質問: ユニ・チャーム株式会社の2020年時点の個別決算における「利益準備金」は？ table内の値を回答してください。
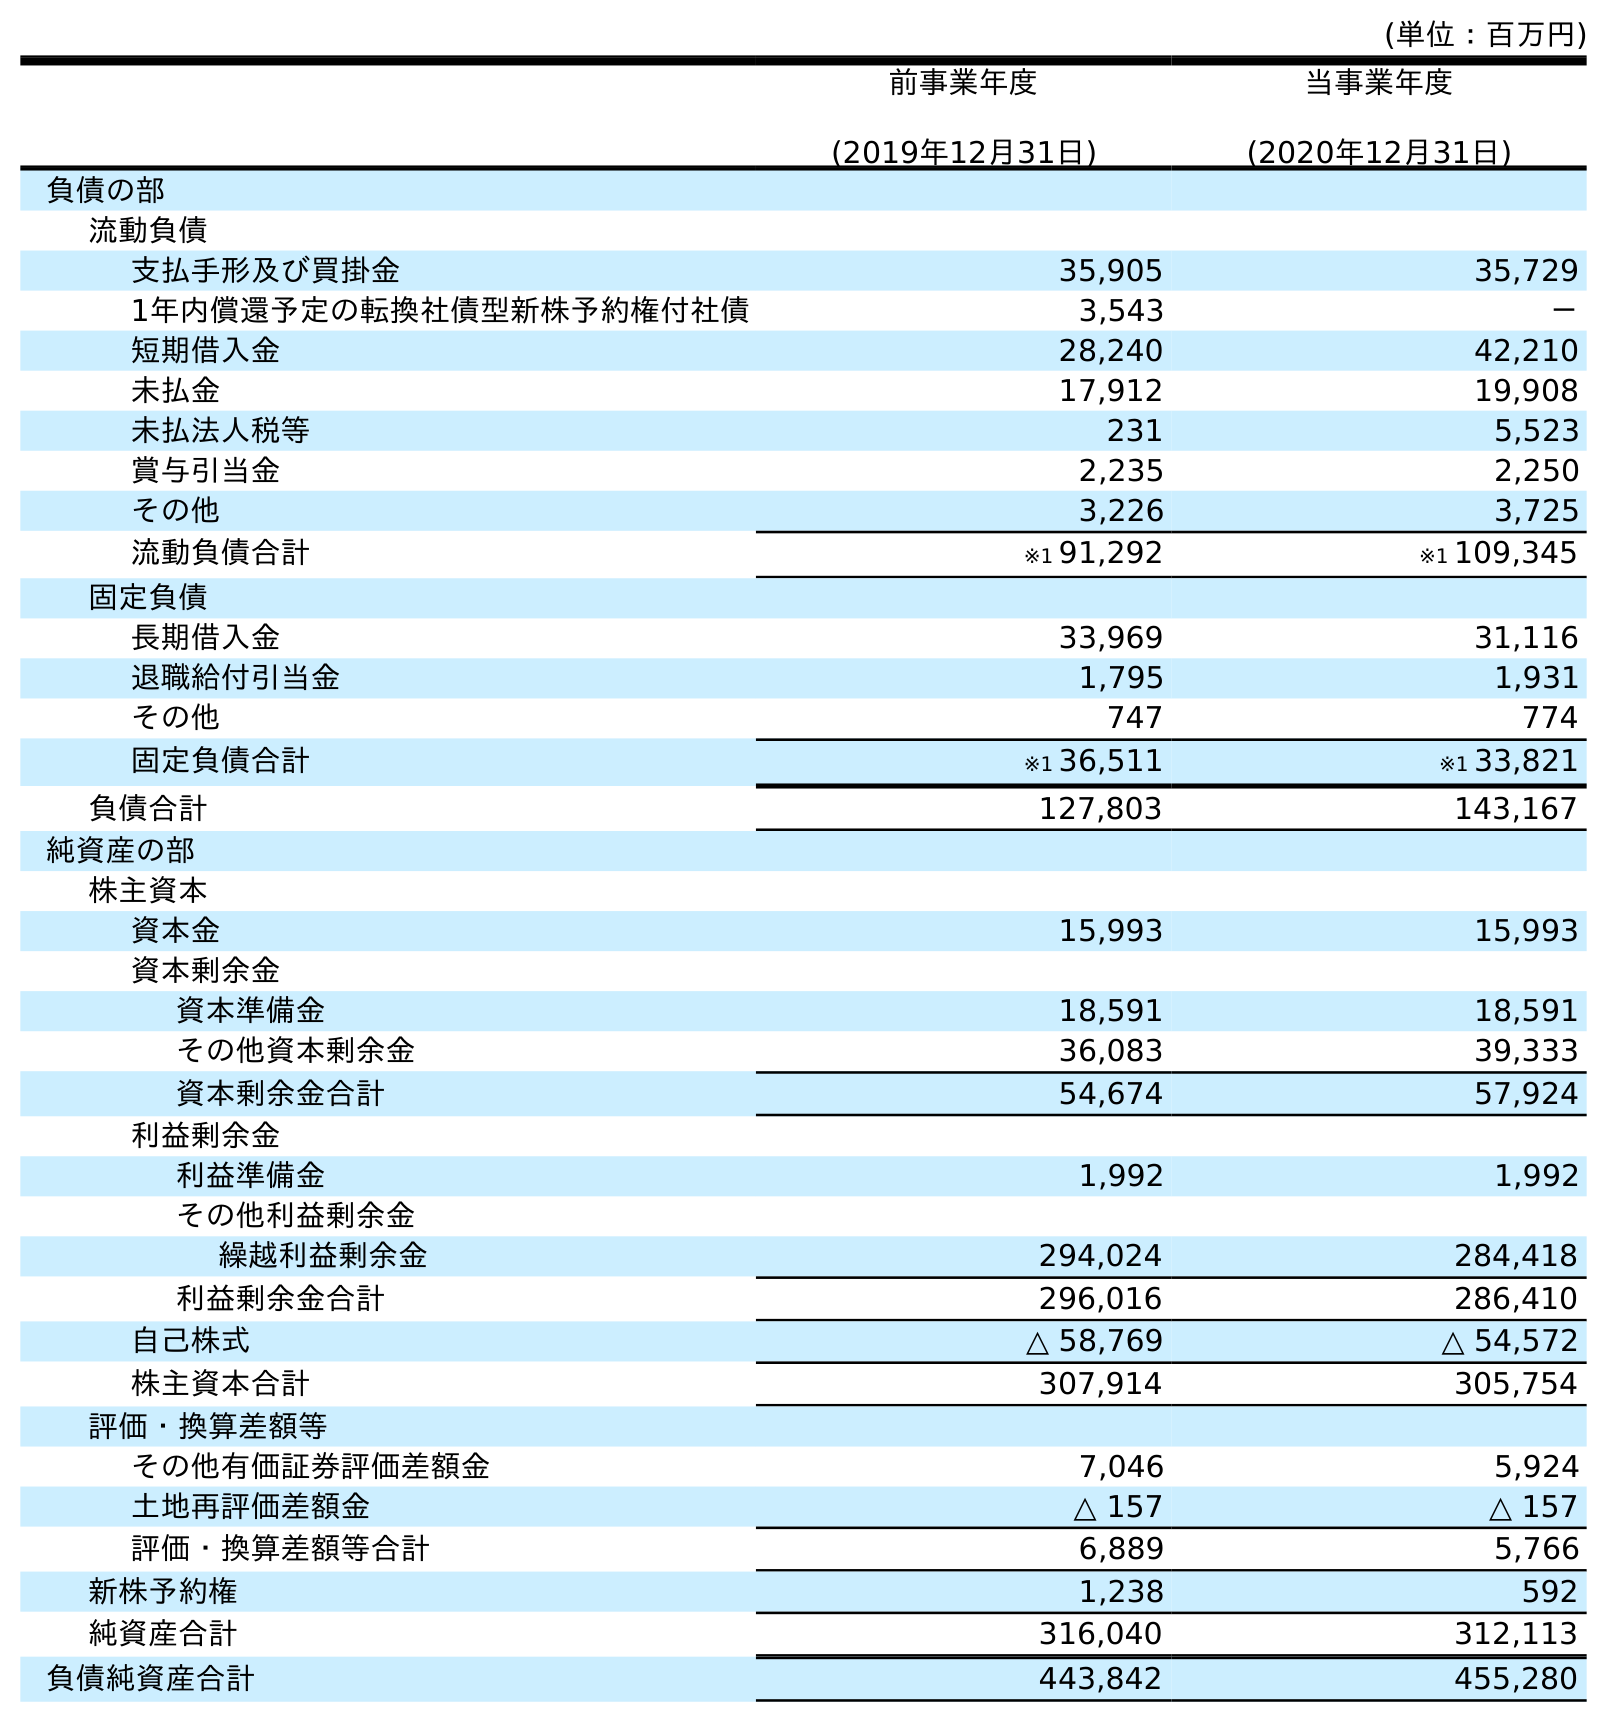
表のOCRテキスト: (単位：百万円) 前事業年度 (2019年12月31日) 当事業年度 (2020年12月31日) 負債の部 流動負債 支払手形及び買掛金 35,905 35,729 1年内償還予定の転換社債型新株予約権付社債 3,543 － 短期借入金 28,240 42,210 未払金 17,912 19,908 未払法人税等 231 5,523 賞与引当金 2,235 2,250 その他 3,226 3,725 流動負債合計 ※1 91,292 ※1 109,345 固定負債 長期借入金 33,969 31,116 退職給付引当金 1,795 1,931 その他 747 774 固定負債合計 ※1 36,511 ※1 33,821 負債合計 127,803 143,167 純資産の部 株主資本 資本金 15,993 15,993 資本剰余金 資本準備金 18,591 18,591 その他資本剰余金 36,083 39,333 資本剰余金合計 54,674 57,924 利益剰余金 利益準備金 1,992 1,992 その他利益剰余金 繰越利益剰余金 294,024 284,418 利益剰余金合計 296,016 286,410 自己株式 △ 58,769 △ 54,572 株主資本合計 307,914 305,754 評価・換算差額等 その他有価証券評価差額金 7,046 5,924 土地再評価差額金 △ 157 △ 157 評価・換算差額等合計 6,889 5,766 新株予約権 1,238 592 純資産合計 316,040 312,113 負債純資産合計 443,842 455,280
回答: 1,992